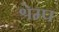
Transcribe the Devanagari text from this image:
श्रेम्प